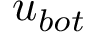
{ u } _ { b o t }